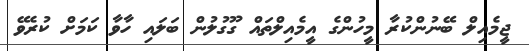
ޖީމެއިލް ބޭނުންކުރާ މީހުންގެ އީމެއިލްތައް ގޫގުލުން ބަލައި ހާވާ ކަމަށް ކުރެވޭ